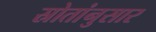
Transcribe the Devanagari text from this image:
स्रोतांनुसार